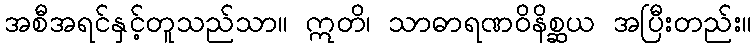
အစီအရင်နှင့်တူသည်သာ။ ဣတိ၊ သာဓာရဏဝိနိစ္ဆယ အပြီးတည်း။